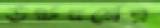
উচ্চবর্গের